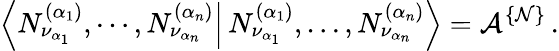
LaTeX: \left\langle N_{\nu_{\alpha_{1}}}^{(\alpha_{1})},\cdots,N_{\nu_{\alpha_{n}}}^{(\alpha_{n})}\right\vert\left.N_{\nu_{\alpha_{1}}}^{(\alpha_{1})},\dots,N_{\nu_{\alpha_{n}}}^{(\alpha_{n})}\right\rangle={\cal A}^{\{ {\cal N}\} }\, .